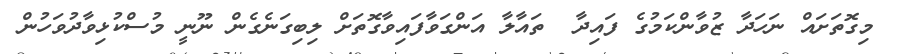
މިގޮތަށައް ނަހަދާ ޒުވާންކަމުގެ ފައިދާ  ތައާލާ އަންގަވާފައިވާގޮތަށް ލިބިގަނެގެން ނޫނީ މުސްކުޅިވާދުވަހުން